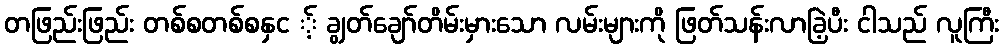
တဖြည်းဖြည်း တစ်စတစ်စနှင ့် ချွတ်ချော်တိမ်းမှားသော လမ်းများကို ဖြတ်သန်းလာခြဲ့ပီး ငါသည် လူကြီး